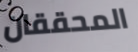
المحققان